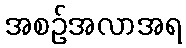
အစဉ်အလာအရ